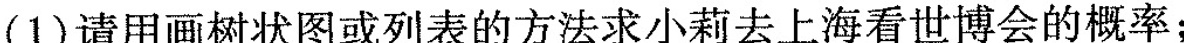
(1)请用画树状图或列表的方法求小莉去上海看世博会的概率；